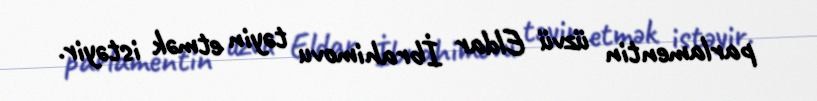
parlamentin üzvü Eldar İbrahimovu təyin etmək istəyir.